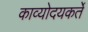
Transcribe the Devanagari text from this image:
काव्योदयकर्ते